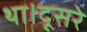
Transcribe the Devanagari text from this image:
था।दूसरे